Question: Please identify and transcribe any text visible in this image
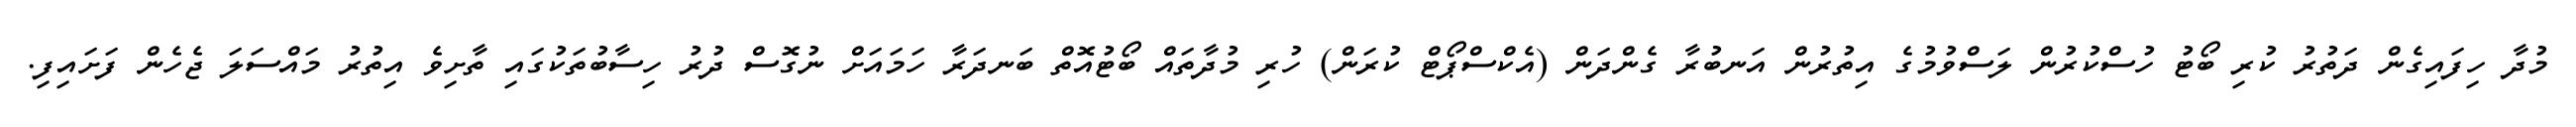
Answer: މުދާ ހިފައިގެން ދަތުރު ކުރި ބޯޓު ހުސްކުރުން ލަސްވުމުގެ އިތުރުން އަނބުރާ ގެންދަން (އެކްސްޕޯޓް ކުރަން) ހުރި މުދާތައް ބޯޓުއޮތް ބަނދަރާ ހަމައަށް ނުގޮސް ދުރު ހިސާބުތަކުގައި ތާށިވެ އިތުރު މައްސަލަ ޖެހެން ފަށައިފި.